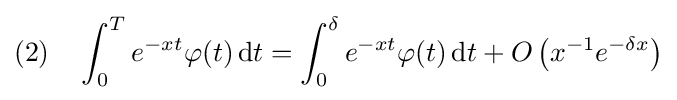
(2)\quad \int _{0}^{T}e^{-xt}\varphi (t)\,\mathrm {d} t=\int _{0}^{\delta }e^{-xt}\varphi (t)\,\mathrm {d} t+O\left(x^{-1}e^{-\delta x}\right)